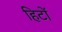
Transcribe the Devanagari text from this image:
हिटों